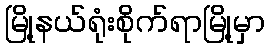
မြို့နယ်ရုံးစိုက်ရာမြို့မှာ